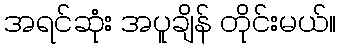
အရင်ဆုံး အပူချိန် တိုင်းမယ်။